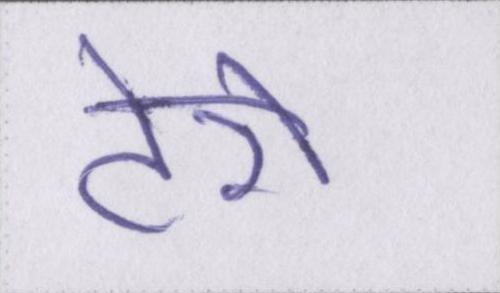
टेरो